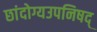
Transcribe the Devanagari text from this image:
छांदोग्यउपनिषद्